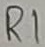
Text: R1